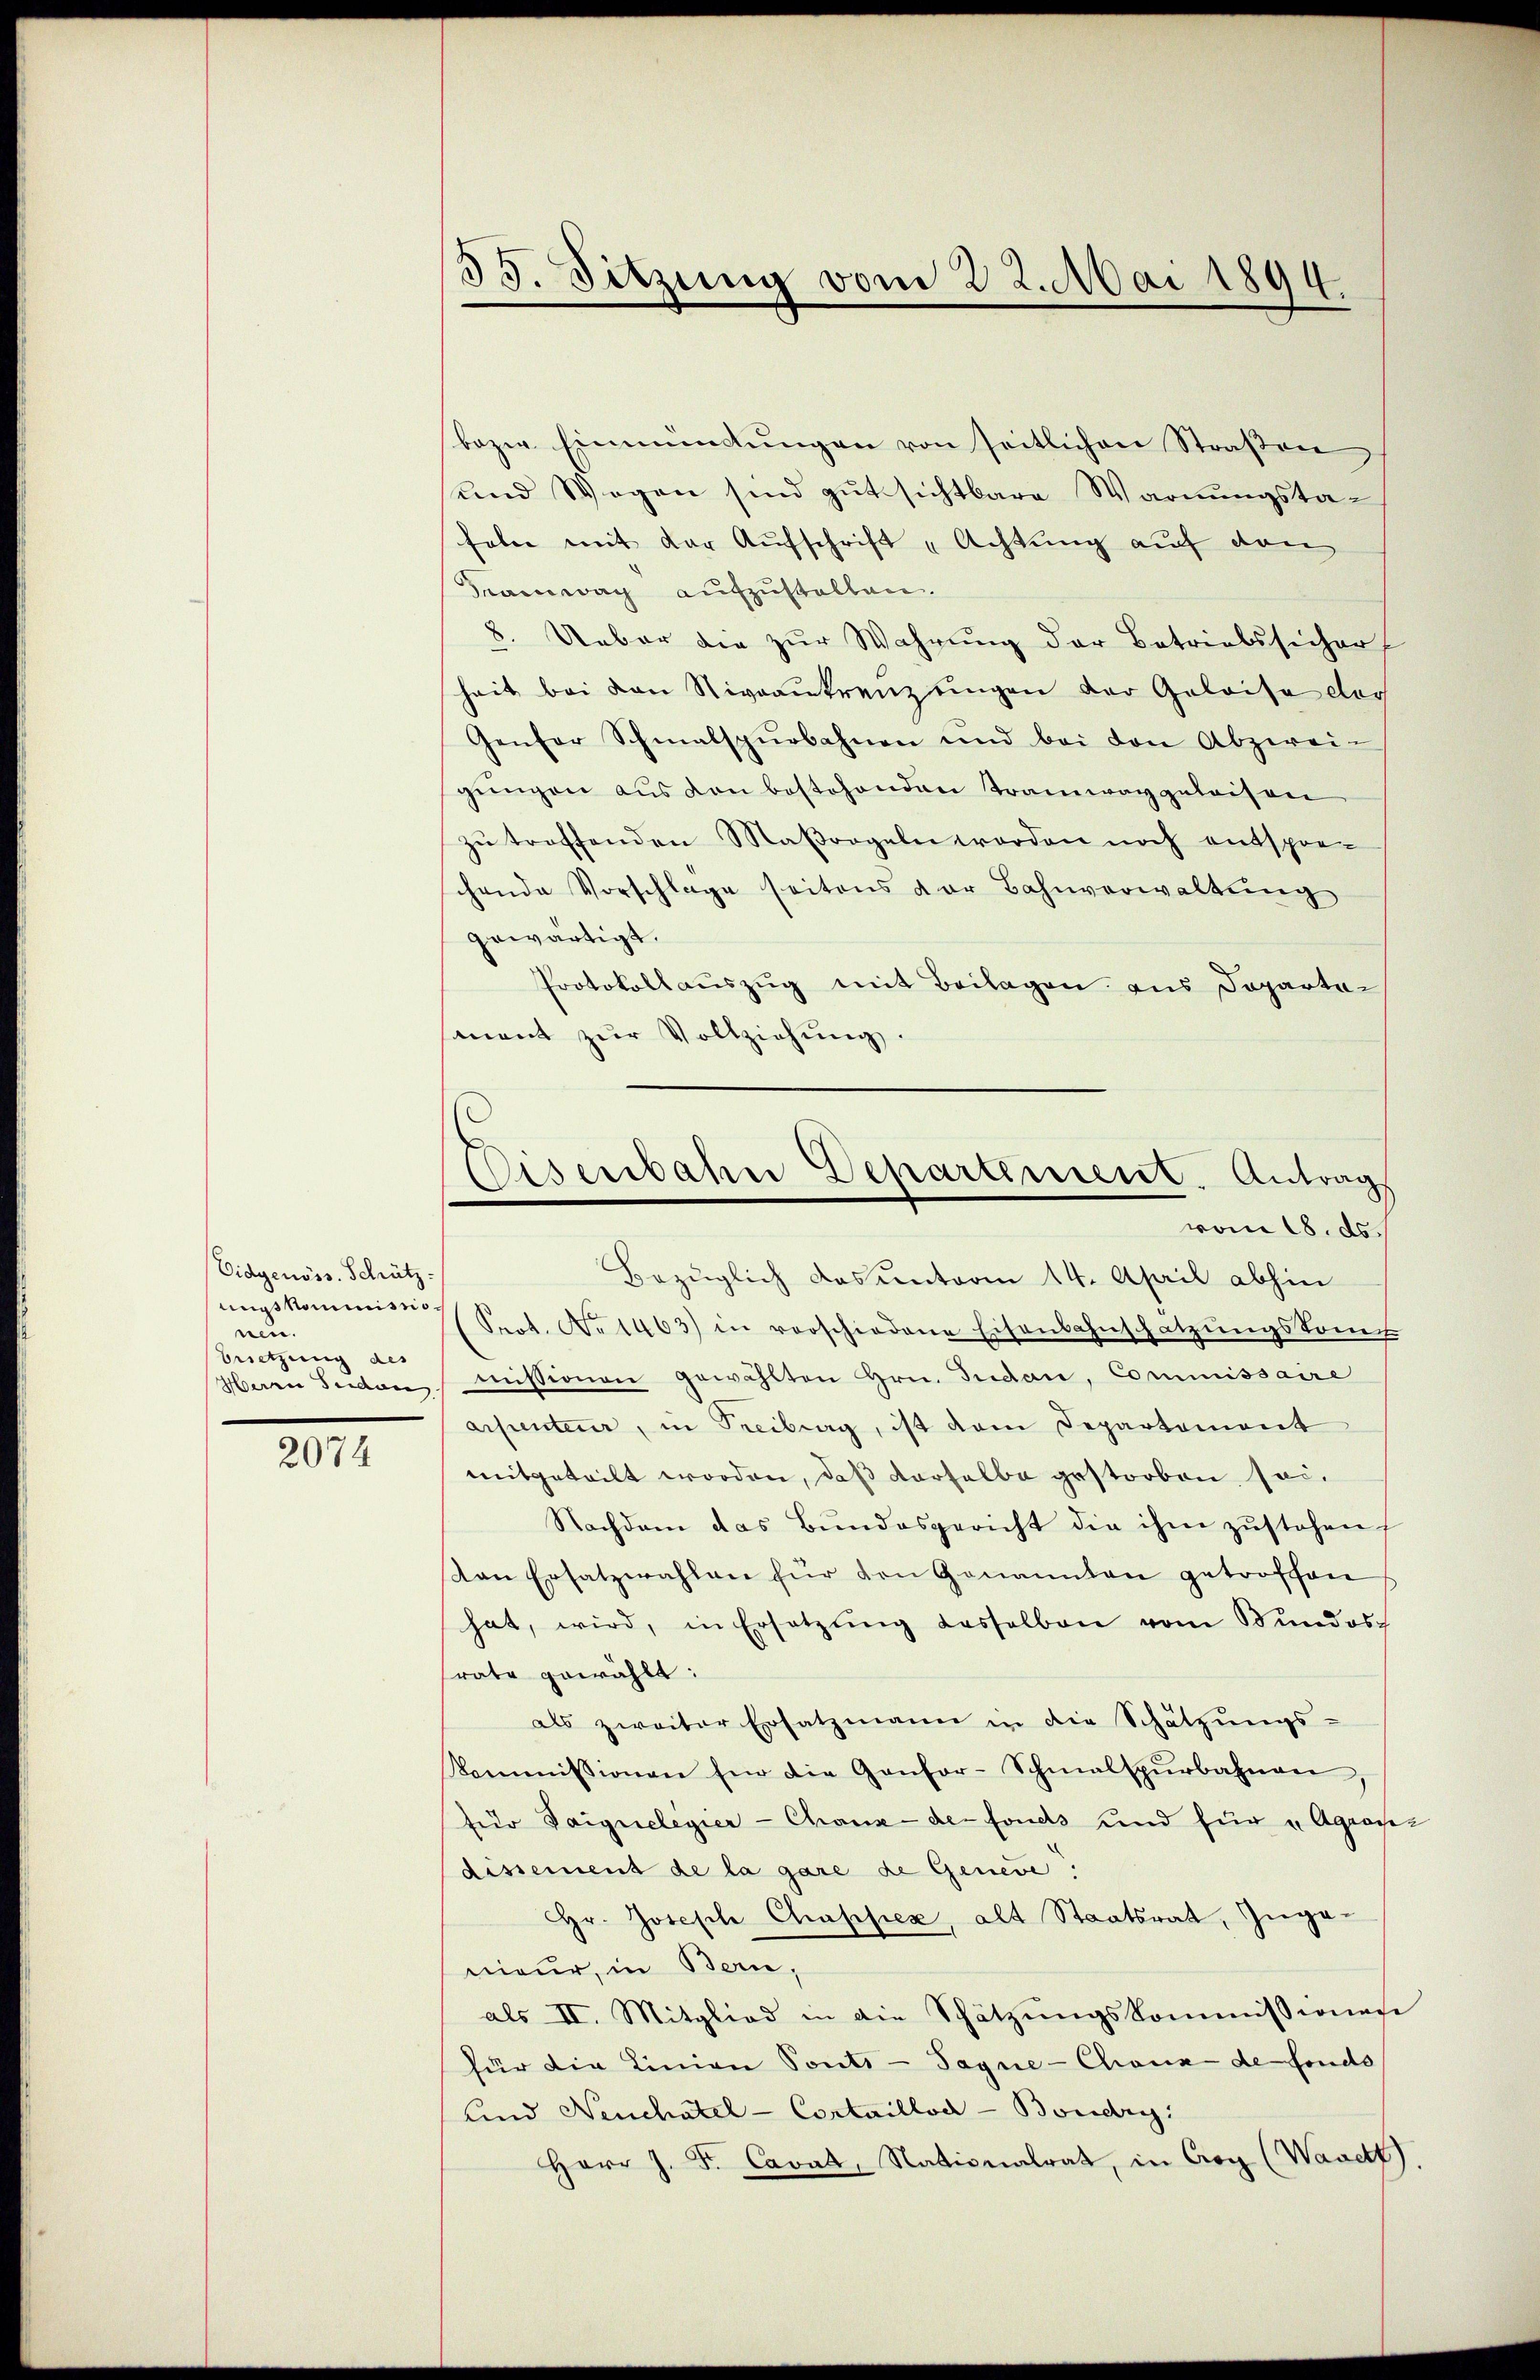
Eidgenöss. Schrützungskommissionen.
brsetzung des

2074

35. Sitzung vom 22. Mai 1894.

bezw. Einmündŭngen von seitlichen Straßen
und Wegen sind gut sichtbare Warnungstafoln mit der Aufschrift „Achtung auf den
Faiwach aufzustellen.
8. Ueber die zur Wahrung der Betriebssicher
heit bei den Niveaukreuz eingen der Geleise der
Genfer Schmalspurbahnen und bei den Abzwei-
gungen aus von bestehenden Tramwaygeleisen
zŭ treffenden Maβorgeln worden noch entspre-
chende Vorschlage seitens der Bahnverwaltŭng
gewärtigt.
Protokollauszug mit Beilagen aus Departement zŭr Vollziehung.

Eisenbahn Departement. Antrags
vom 18. ds.

Bezüglich das unterm 14. April abhin
(Seot. No 1463) in verschiedene Eisenbahnschatzŭngskom
Herrn Seiden missionen gewählten Hrn. Judan, Commissaire
arpenteur, in Treiburg, ist dem Departement
mitgeteilt worden, daß derselbe gestorben sei.
Nachdem das Bŭndesgericht die ihm zŭstehen
van Ersatzwahlen für den Genannten getroffen
hat, wird, in Ersetzŭng desselben vom Bundos
frate gewählt:
als zweiter Ersatzmann in die Schätzungs-
Kommissionen für die Gantor-Schmalspŭrbahnen
für Saignelegier-Chaux-der fonds und für „Agrosz
dissement de la gare de Geneve.
Hr. Joseph Chapsiex, alt Staatsrat, Zuge-
nieur, in Bern,
als II. Mitglied in die Schätzŭngskommissionese
für die Linien Ponte - Sagne- Chrona de fondo
und Neuchatel - Cortaillod -Boudry
Herr J. F. Caval, Nationalrat, in Arg (Wavett)